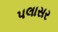
પલાસર